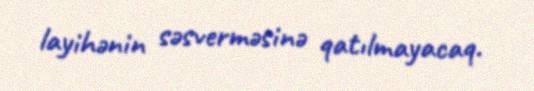
layihənin səsverməsinə qatılmayacaq.